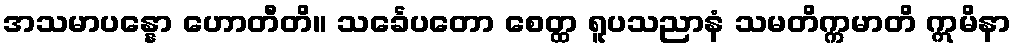
အသမာပန္နော ဟောတီတိ။ သင်္ခေပတော စေတ္ထ ရူပသညာနံ သမတိက္ကမာတိ ဣမိနာ